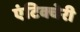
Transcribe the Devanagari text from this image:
एंटिक्चेरी